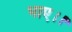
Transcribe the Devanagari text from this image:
भाए।।